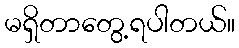
မရှိတာတွေ့ရပါတယ်။